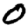
Digit: 0